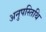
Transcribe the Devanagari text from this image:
अनुपस्तिथि